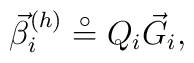
\vec{\beta}_{i}^{(h)}\stackrel{\circ }{=}{Q}_{i}\vec{G}_{i},